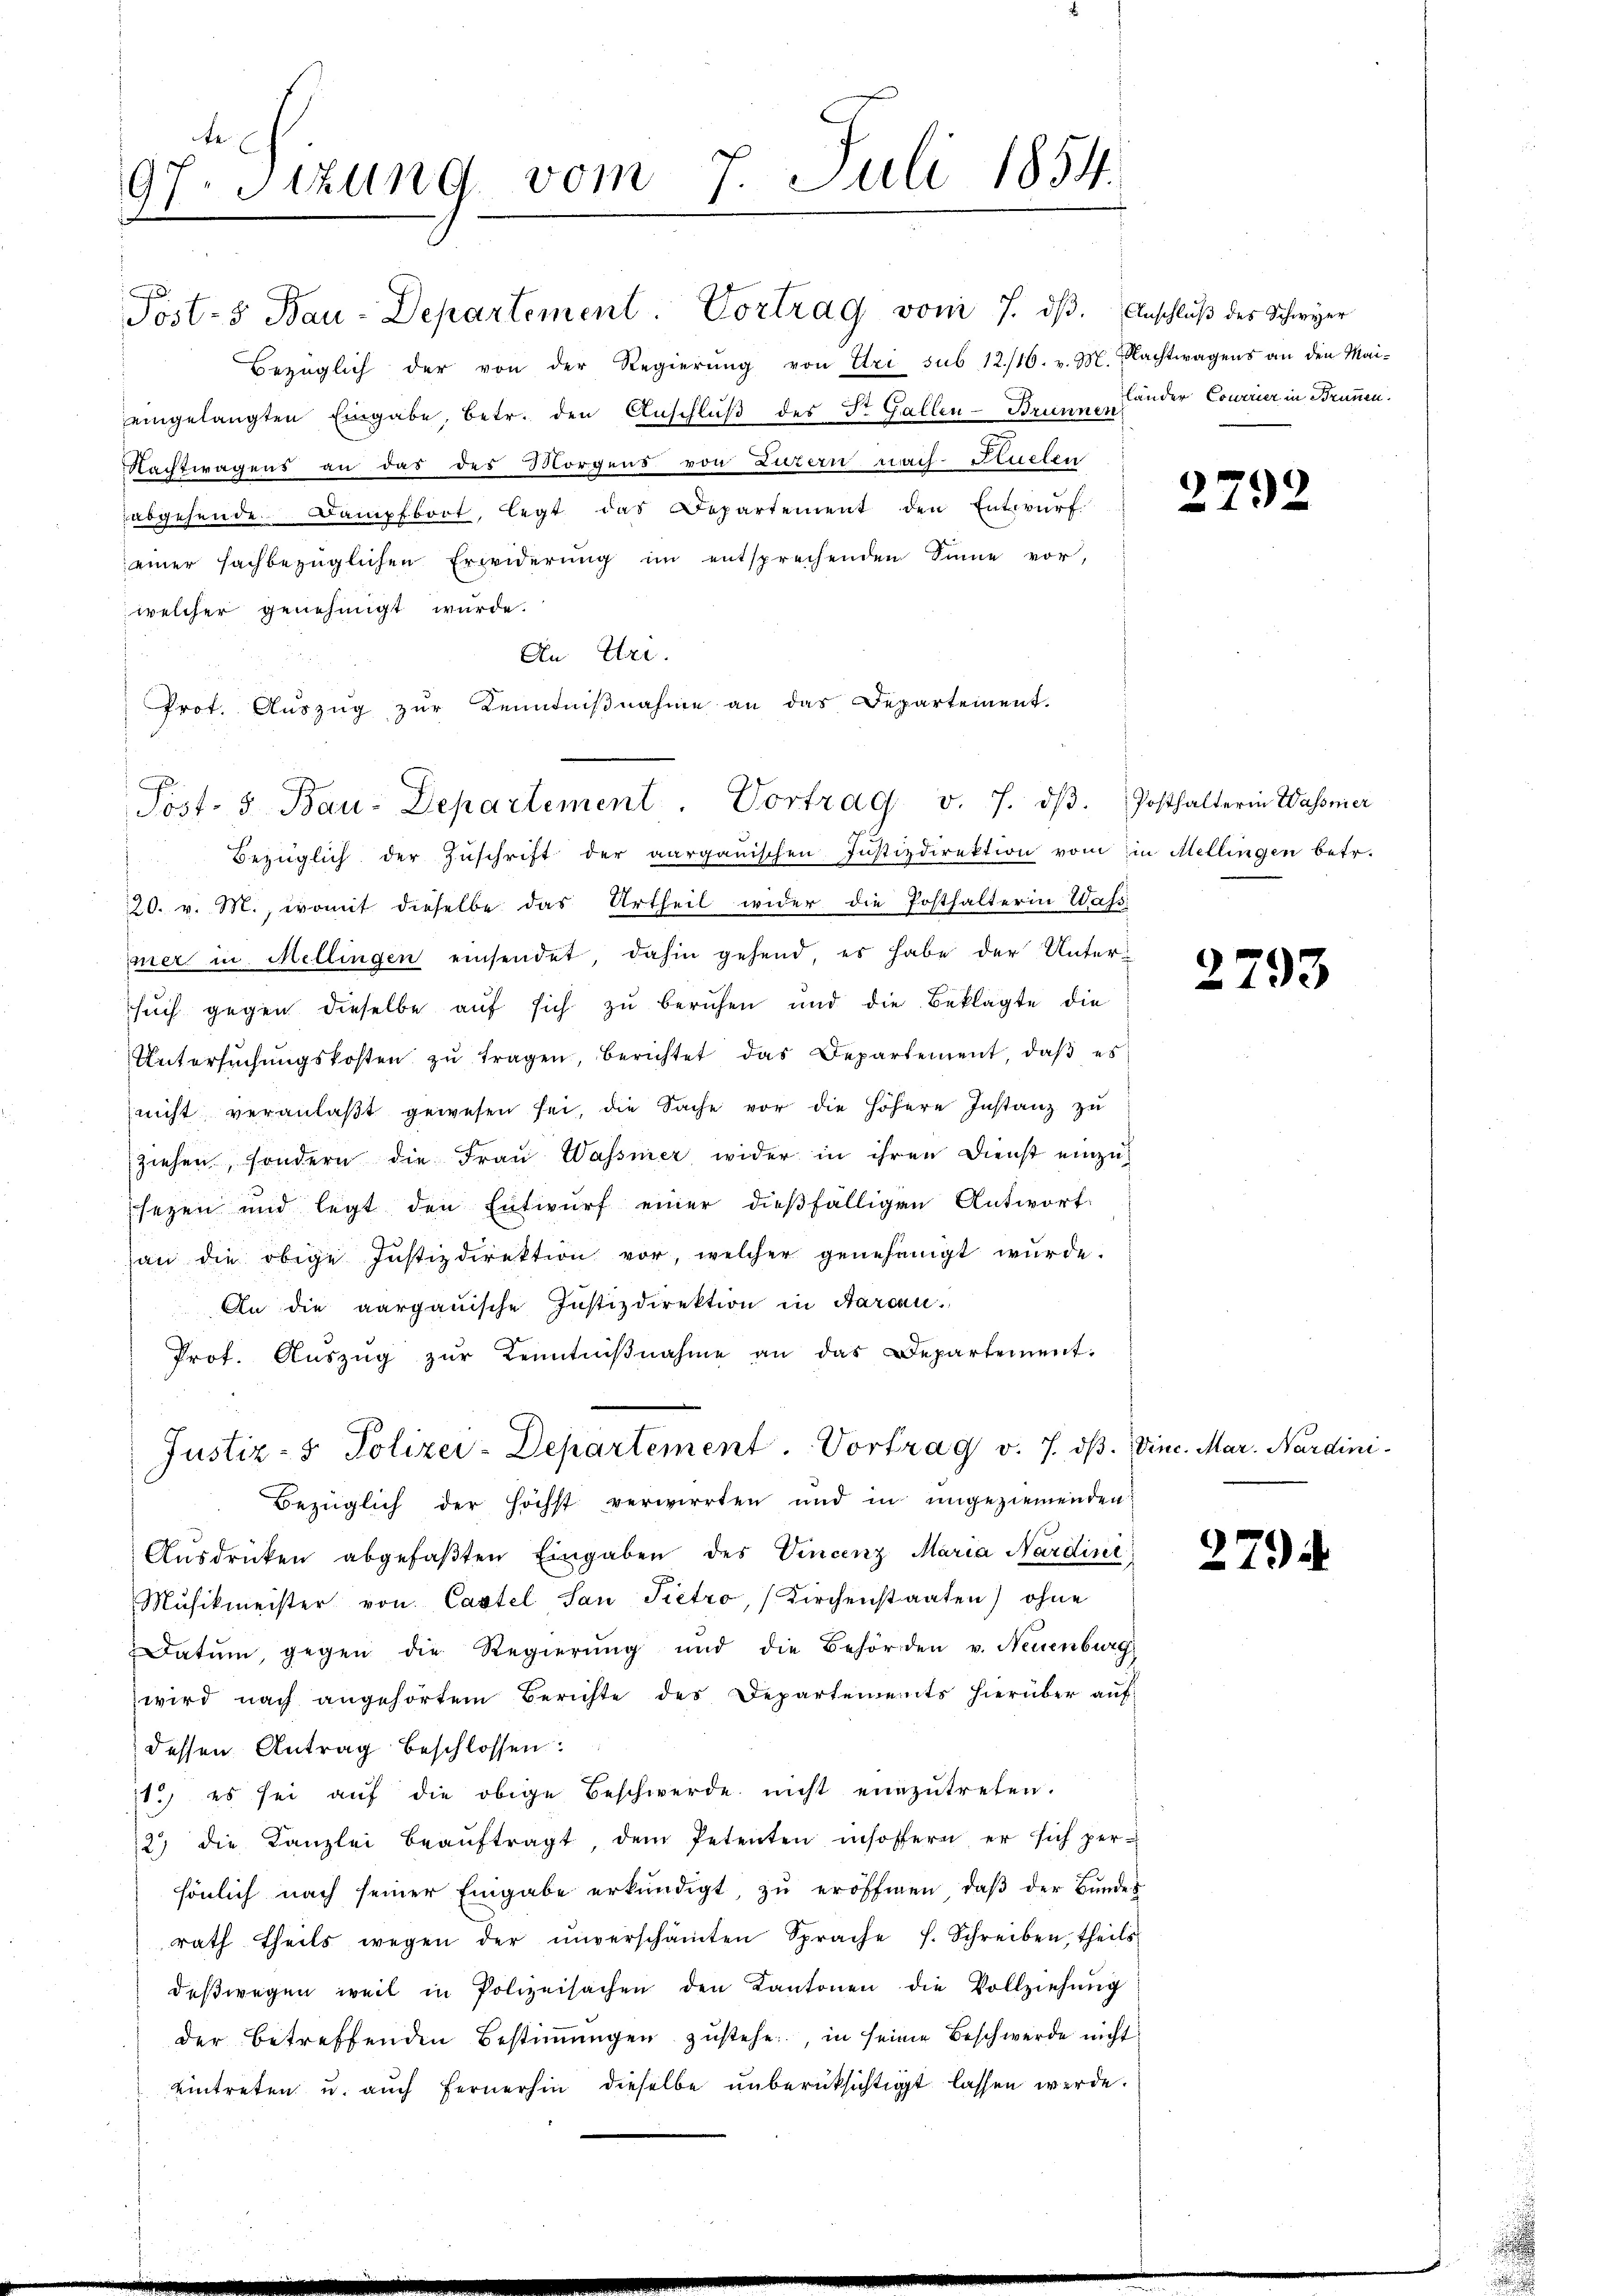
97. Sizung vom 7. Juli 1854.
1

Bezüglich der von der Regierŭng von Uri sub 12/16. v. M. Nachtwagens an den Mai-
eingelangten Eingabe, betr. den Anschluß des St. Gallen-Brium. Länder Courrier in Brunnen.
Nachtwagens an das des Morgens von Luzern nach Puelen
abgehende. Dampfboot, legt das Departement den Entwurf
einer sachbezüglichen Erwiderŭng im entsprechenden Sinne vor,
welcher genehmigt wurde.
An Uri.
Bezüglich der Zuschrift der aargauischen Justizdirektion vom in Mellingen betr.
20. v. M., womit dieselbe das Urtheil wider die Posthalterin Wass
jer in Mellingen einsendet, dahin gehend, es habe der Untersŭch gegen dieselbe aŭf sich zŭ beruhen und die Beklagte die
Untersŭchŭngskosten zŭ tragen, berichtet das Departement, daβ es
nicht veranlaβt gewesen sei, die Sache vor die höhere Instanz zŭ
ziehen, sondern die Frau Wasser wider in ihren Dienst einzusezen und legt den Entwŭrf einer dießfälligen Antwort
an die obige Justizdirektion vor, welcher genehmigt wurde.
An die aargauische Justizdirektion in Aargau.
Prof. Aŭszŭg zŭr Kenntniβnahme an das Departement.
Justiz- & Polizei-Departement. Vortrag v. 7. ds. Vinc. Mar. Nardini¬
Bezüglich der höchst verwirrten und in ungeziemenden
Aŭsdrücken abgefaβten Eingaben des Vincenz Maria Nardini
Mŭsikmeister von Castel San Pietro, (Kirchenstaaten) ohne
Datum, gegen die Regierŭng und die Behörden v. Neuenburg
wird nach angehörtem Berichte des Departements hierüber auf
dessen Antrag beschlossen:
11., es sei aŭf die obige Beschwerde nicht einzŭtreten.
2 die Kanzlei beaŭftragt, dem Petenten insofern er sich per-
sönlich nach seiner Eingabe erkundigt, zŭ eröffnen, daβ der Bŭndes
rath theils wegen der ŭnverschämten Sprache f. Schreiben, theils
deβwegen weil in Polizeisachen den Kantonen die Vollziehŭng
der betreffenden Bestiṁŭngen zustehe, in seine Beschwerde nicht
eintreten u. auch fernerhin dieselbe unberücksichtigt lassen werde.

Post-s Bau-Departement. Vortrag vom 7. dβ. Anschlŭβ des Schwyer

Prot. Auszug zur Kenntniβnahme an das Departement.
Pöst. 5 Bau-Departement. Vortrag v. J. dβ. Posthalterin Wasser

2792

2793

2794